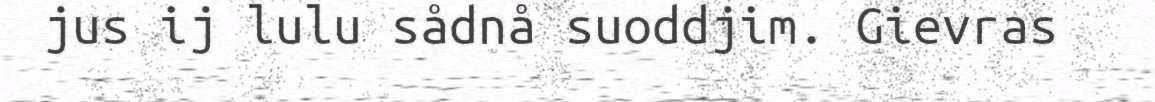
jus ij lulu sådnå suoddjim. Gievras